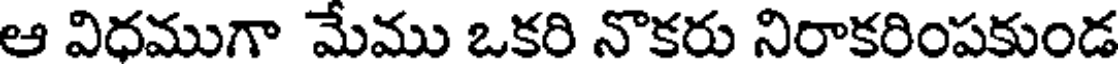
ఆ విధముగా మేము ఒకరి నొకరు నిరాకరింపకుండ